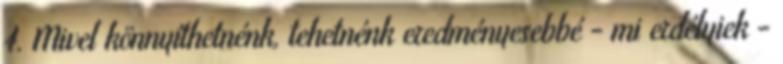
4. Mivel könnyíthetnénk, tehetnénk eredményesebbé - mi erdélyiek -